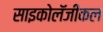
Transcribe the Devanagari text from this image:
साइकोलॅजीकल